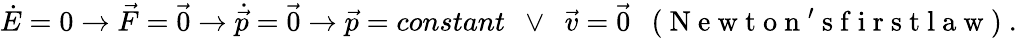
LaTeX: \dot{E}=0\rightarrow\vec{F}=\vec{0}\rightarrow\dot{\vec{p}}=\vec{0}\rightarrow\vec{p}=constant\enspace\vee\enspace\vec{v}=\vec{0}\enspace\mathrm{~(~N~e~w~t~o~n~'~s~f~i~r~s~t~l~a~w~)~}.